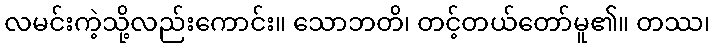
လမင်းကဲ့သို့လည်းကောင်း။ သောဘတိ၊ တင့်တယ်တော်မူ၏။ တဿ၊